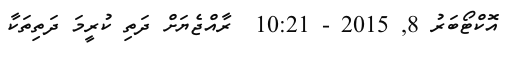
އޮކްޓޯބަރު 8